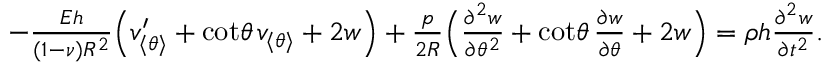
\begin{array} { r } { - \frac { E h } { ( 1 - \nu ) R ^ { 2 } } { \Big ( v _ { \langle \theta \rangle } ^ { \prime } + \cot \! \theta \, v _ { \langle \theta \rangle } + 2 w \Big ) } + \frac { p } { 2 R } \Big ( \frac { \partial ^ { 2 } w } { \partial \theta ^ { 2 } } + \cot \! \theta \, \frac { \partial w } { \partial \theta } + 2 w \Big ) = \rho h \frac { \partial ^ { 2 } w } { \partial t ^ { 2 } } . } \end{array}